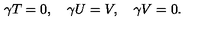
\gamma T = 0 , \quad \gamma U = V , \quad \gamma V = 0 .